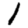
Digit: 1